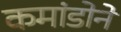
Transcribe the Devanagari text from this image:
कमांडोने